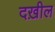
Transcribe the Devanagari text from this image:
दख़ील